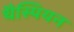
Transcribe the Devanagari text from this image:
थैस्पियन